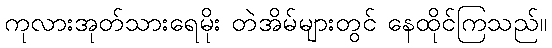
ကုလားအုတ်သားရေမိုး တဲအိမ်များတွင် နေထိုင်ကြသည်။